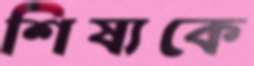
শিষ্যকে